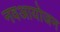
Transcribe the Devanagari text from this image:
नवआयोजन